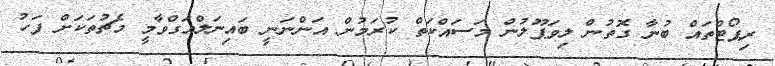
ރިޕޯޓްތައް ބުނާ ގޮތުން ލިވަޕޫލުން މަސައްކަތް ކުރަމުން އަންނަނީ ބައިނަލްއަގްވާމީ މެޗުތަކަށް ފަހު